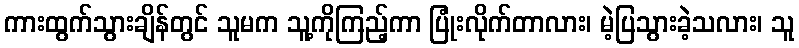
ကားထွက်သွားချိန်တွင် သူမက သူ့ကိုကြည့်ကာ ပြုံးလိုက်တာလား၊ မဲ့ပြသွားခဲ့သလား၊ သူ